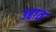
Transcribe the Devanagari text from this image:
उद्दात